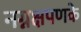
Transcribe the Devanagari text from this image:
नग्नक्षपणके